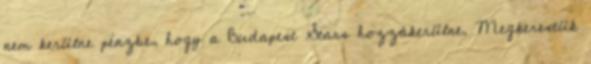
nem kerülne pénzbe, hogy a Budapest Stars hozzákerülne. Megkerestük